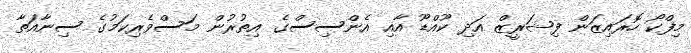
މިފްކޯ ހޮރައިޒަން ފިޝަރީޒް އަދި ކޫއްޑޫ އާއި އެންސިސްގެ އިތުރުން މަސްވެރިކަމުގެ ސިނާއަތާ